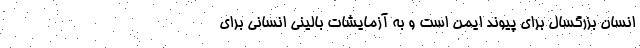
انسان بزرگسال برای پیوند ایمن است و به آزمایشات بالینی انسانی برای